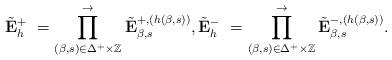
LaTeX: \begin{align*} \tilde{\mathbf{E}}^{+}_{h}\ =\prod_{(\beta,s)\in\Delta^{+}\times\mathbb{Z}}\limits^{\rightarrow} \tilde{\mathbf{E}}_{\beta,s}^{+,(h(\beta,s))}, \tilde{\mathbf{E}}^{-}_{h}\ =\prod_{(\beta,s)\in\Delta^{+}\times\mathbb{Z}}\limits^{\rightarrow} \tilde{\mathbf{E}}_{\beta,s}^{-,(h(\beta,s))}.\end{align*}